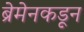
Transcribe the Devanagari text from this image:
ब्रेमेनकडून